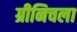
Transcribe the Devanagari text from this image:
ग्रीनिचला